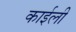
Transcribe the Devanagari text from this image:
काईली